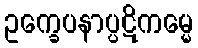
ဥက္ခေပနာပ္ပဋိကမ္မေ